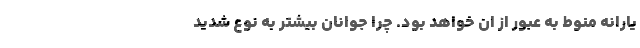
یارانه منوط به عبور از ان خواهد بود. چرا جوانان بیشتر به نوع شدید